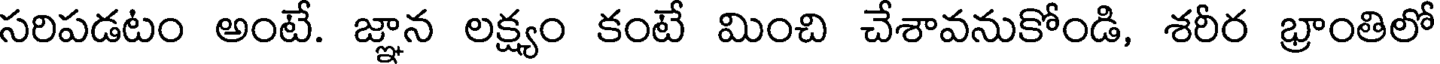
సరిపడటం అంటే. జ్ఞాన లక్ష్యం కంటే మించి చేశావనుకోండి, శరీర భ్రాంతిలో